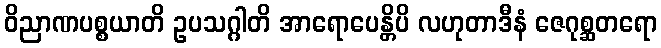
ဝိညာဏပစ္စယာတိ ဥပသဂ္ဂါတိ အာရောပေန္တိပိ လဟုတာဒီနံ ဇေဂုစ္ဆတရော